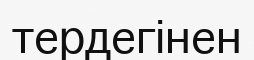
тердегінен